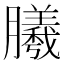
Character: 𣎮